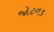
જોટવડ